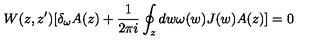
W ( z , z ^ { \prime } ) [ \delta _ { \omega } A ( z ) + \frac { 1 } { 2 \pi i } \oint _ { z } d w \omega ( w ) J ( w ) A ( z ) ] = 0